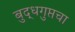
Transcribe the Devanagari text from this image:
बुद्धगुप्तचा